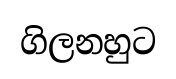
ගිලනහුට